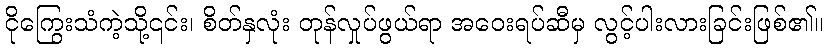
ငိုကြွေးသံကဲ့သို့၎င်း၊ စိတ်နှလုံး တုန်လှုပ်ဖွယ်ရာ အဝေးရပ်ဆီမှ လွင့်ပါးလားခြင်းဖြစ်၏။